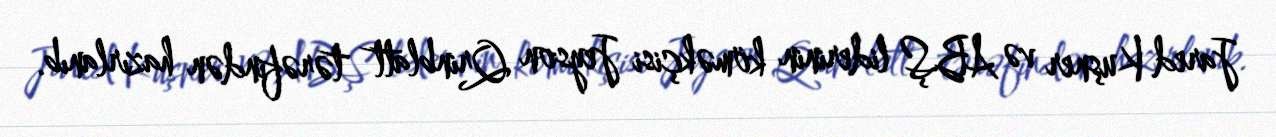
Jared Kuşner və ABŞ liderinin köməkçisi Jeyson Qrinblatt tərəfindən hazırlanıb.